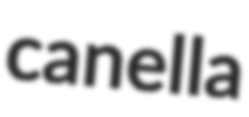
canella